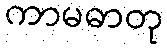
ကာမဓာတု